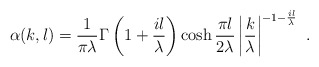
\begin{align*}\alpha(k,l) =\frac{1}{\pi\lambda} \Gamma\left(1+\frac{il}{\lambda}\right) \cosh\frac{\pi l}{2\lambda}\left\vert\frac{k}{\lambda}\right\vert ^{-1-\frac{il}{\lambda}} \ .\end{align*}